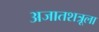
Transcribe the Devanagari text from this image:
अजातशत्रूला